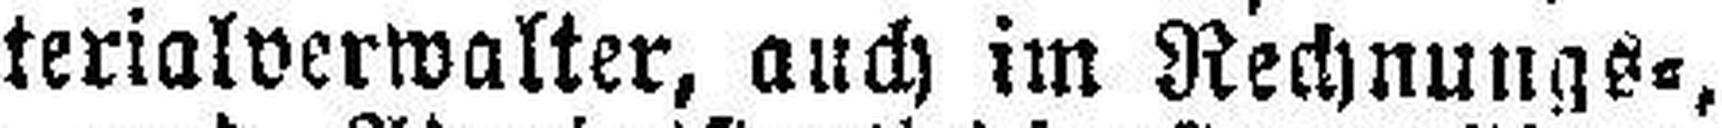
terialverwalter, auch im Rechnungs=,